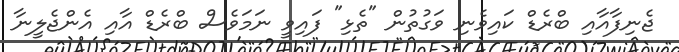
ޖެނިފާއާއި ބްރެޑް ކައިވެނި ވަގުތުން "ތެޅި" ފައިވީ ނަމަވެސް ބްރެޑް އާއި އެންޖެލީނާ